Epidemic dropsy in Calcutta - Number 49
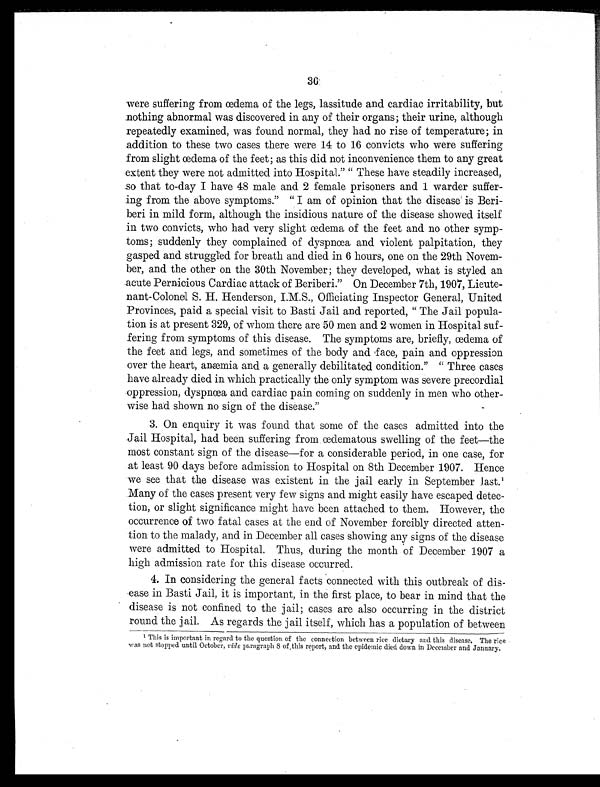
36
were suffering from œdema of the legs, lassitude and cardiac irritability, but
nothing abnormal was discovered in any of their organs; their urine, although
repeatedly examined, was found normal, they had no rise of temperature; in
addition to these two cases there were 14 to 10 convicts who were suffering
from slight œdema of the feet; as this did not inconvenience them to any great
extent they were not admitted into Hospital." "These have steadily increased,
so that to-day I have 48 male and 2 female prisoners and 1 warder suffer-
ing from the above symptoms." "I am of opinion that the disease is Beri-
beri in mild form, although the insidious nature of the disease showed itself
in two convicts, who had very slight œdema of the feet and no other symp-
toms; suddenly they complained of dyspnœa and violent palpitation, they
gasped and struggled for breath and died in 6 hours, one on the 29th Novem-
ber, and the other on the 30th November; they developed, what is styled an
acute Pernicious Cardiac attack of Beriberi." On December 7th, 1907, Lieute-
nant-Colonel S. H. Henderson, I.M.S., Officiating Inspector General, United
Provinces, paid a special visit to Basti Jail and reported, "The Jail popula-
tion is at present 329, of whom there are 50 men and 2 women in Hospital suf-
fering from symptoms of this disease. The symptoms are, briefly, œdema of
the feet and legs, and sometimes of the body and face, pain and oppression
over the heart, anæmia and a generally debilitated condition." "Three cases
have already died in which practically the only symptom was severe precordial
oppression, dyspnœa and cardiac pain coming on suddenly in men who other-
wise had shown no sign of the disease."
3. On enquiry it was found that some of the cases admitted into the
Jail Hospital, had been suffering from œdematous swelling of the feet—the
most constant sign of the disease—for a considerable period, in one case, for
at least 90 days before admission to Hospital on 8th December 1907. Hence
we see that the disease was existent in the jail early in September last. 1
Many of the cases present very few signs and might easily have escaped detec-
tion, or slight significance might have been attached to them. However, the
occurrence of two fatal cases at the end of November forcibly directed atten-
tion to the malady, and in December all cases showing any signs of the disease
were admitted to Hospital. Thus, during the month of December 1907 a
high admission rate for this disease occurred.
4. In considering the general facts connected with this outbreak of dis-
ease in Basti Jail, it is important, in the first place, to bear in mind that the
disease is not confined to the jail; cases are also occurring in the district
round the jail. As regards the jail itself, which has a population of between
1
This is important in regard to the question of the connection between rice dietary and this disease. The rice
was not stopped until October, vide paragraph 8 of this report, and the epidemic died down in December and January.